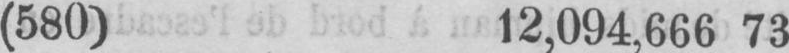
(580) 12,094,666 73